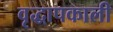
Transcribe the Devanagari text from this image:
वृद्धापकाली